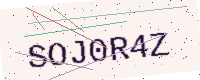
Text: SOJ0R4Z